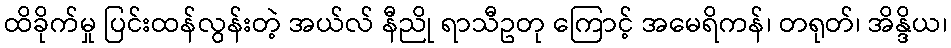
ထိခိုက်မှု ပြင်းထန်လွန်းတဲ့ အယ်လ် နီညို ရာသီဥတု ကြောင့် အမေရိကန်၊ တရုတ်၊ အိန္ဒိယ၊